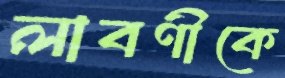
লাবণীকে